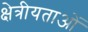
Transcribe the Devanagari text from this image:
क्षेत्रीयताओं